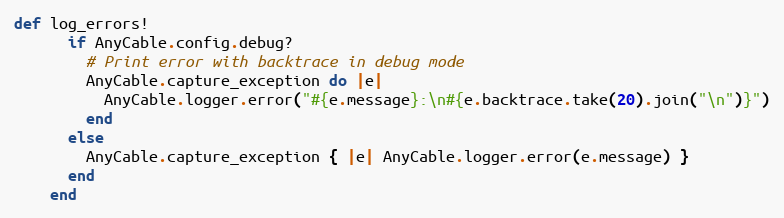
Language: Ruby
def log_errors!
      if AnyCable.config.debug?
        # Print error with backtrace in debug mode
        AnyCable.capture_exception do |e|
          AnyCable.logger.error("#{e.message}:\n#{e.backtrace.take(20).join("\n")}")
        end
      else
        AnyCable.capture_exception { |e| AnyCable.logger.error(e.message) }
      end
    end